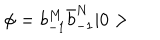
LaTeX: \phi = b _ { - 1 } ^ { M } \bar { b } _ { - 1 } ^ { N } \vert 0 >